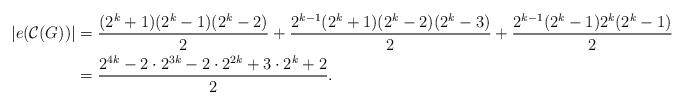
LaTeX: \begin{align*} |e(\mathcal{C}(G))|&= \dfrac{(2^{k}+1)(2^{k}-1)(2^{k}-2)}{2}+\dfrac{2^{k-1}(2^{k}+1)(2^{k}-2)(2^{k}-3)}{2}+\dfrac{2^{k-1}(2^{k}-1)2^{k}(2^{k}-1)}{2} \\ &= \dfrac{2^{4k}-2\cdot2^{3k}-2\cdot2^{2k}+3\cdot2^{k}+2}{2}.\end{align*}